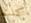
كنت